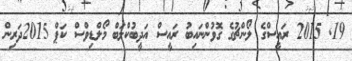
19